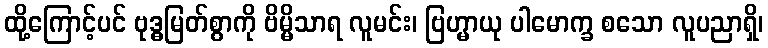
ထို့ကြောင့်ပင် ဗုဒ္ဓမြတ်စွာကို ဗိမ္မိသာရ လူမင်း၊ ဗြဟ္မာယု ပါမောက္ခ စသော လူပညာရှိ၊